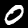
Digit: 0